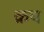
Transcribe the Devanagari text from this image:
क्रच